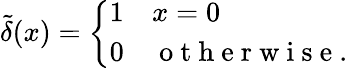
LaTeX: \tilde{\delta}(x)=\left\{ \begin{array}{ll}{1}&{x=0}\\ {0}&{\mathrm{~o~t~h~e~r~w~i~s~e~}.}\end{array}\right.